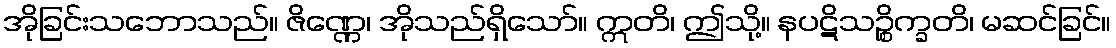
အိုခြင်းသဘောသည်။ ဇိဏ္ဏေ၊ အိုသည်ရှိသော်။ ဣတိ၊ ဤသို့။ နပဋိသဉ္စိက္ခတိ၊ မဆင်ခြင်။